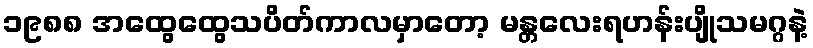
၁၉၈၈ အထွေထွေသပိတ်ကာလမှာတော့ မန္တလေးရဟန်းပျိုသမဂ္ဂနဲ့